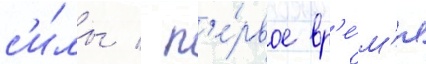
с'и́лы / п'е́рвое вр'е́м'я